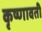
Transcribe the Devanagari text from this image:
कृष्णावती